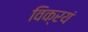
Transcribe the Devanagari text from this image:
विक्रयं